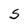
Character: 5